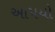
આપયો